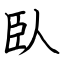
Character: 臥